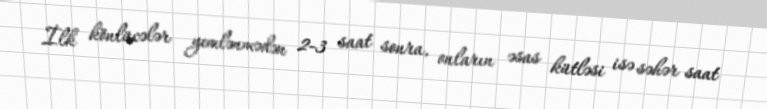
İlk könlücələr yemlənmədən 2-3 saat sonra, onların əsas kütləsi isə səhər saat